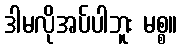
ဒါမလိုအပ်ပါဘူး မစ္စ။